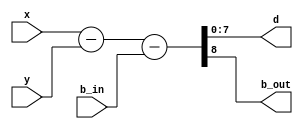
module sottrattore(
    x, y, d, b_in, b_out
);
    parameter N = 8;

    input [N-1:0] x, y;
    input b_in;

    output [N-1:0] d;
    output b_out;

    assign #1 {b_out, d} = x - y - b_in;

endmodule